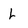
Character: L